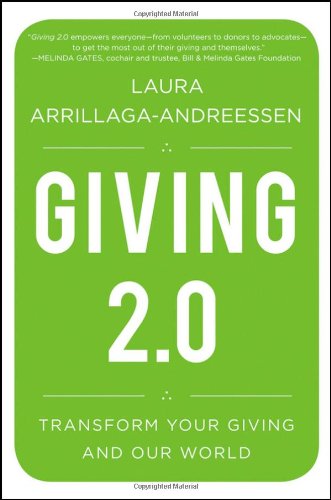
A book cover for Giving 2.0: Transform Your Giving and Our World; Laura Arrillaga-Andreessen; Politics & Social Sciences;